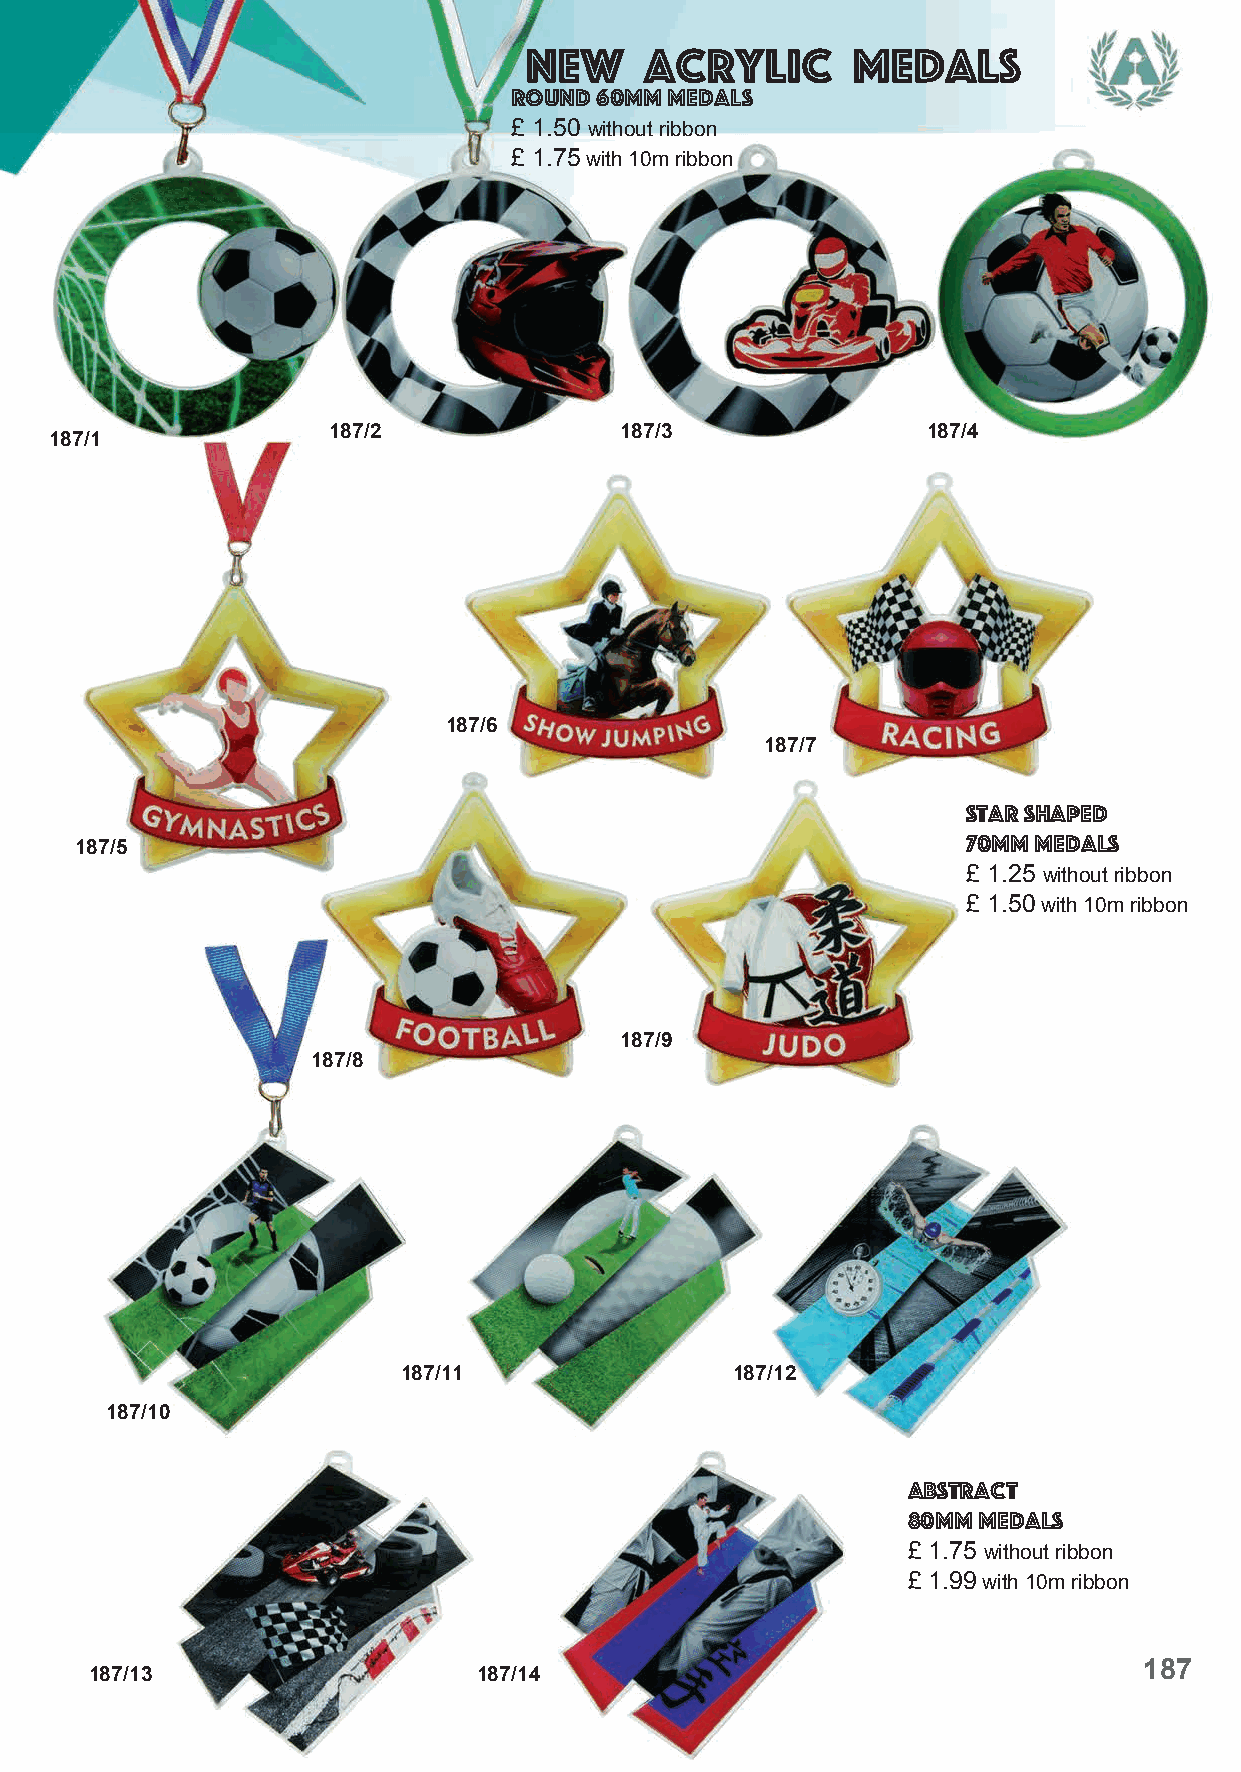
New     acrylic      medals
 Round 60mm medals
 £ 1.50 without ribbon
 £ 1.75 with 10m ribbon
 187/2              187/3               187/4
 187/1
 187/6
 187/7
 Star Shaped
 187/5
 70mm medals
 £ 1.25 without ribbon
 £ 1.50 with 10m ribbon
 187/9
 187/8
 187/11               187/12
 187/10
 abstract
 80mm medals
 £ 1.75 without ribbon
 £ 1.99 with 10m ribbon
 187/13                    187/14
 187